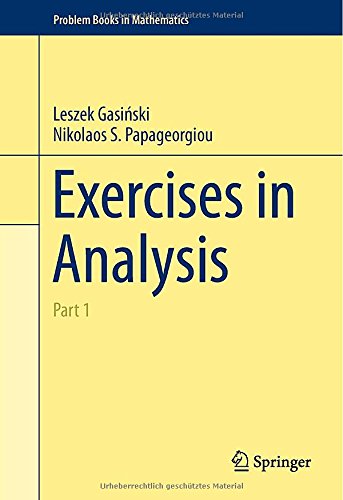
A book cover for Exercises in Analysis: Part 1 (Problem Books in Mathematics); Leszek Gasinski; Science & Math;